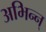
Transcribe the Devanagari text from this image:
अभिन्न्